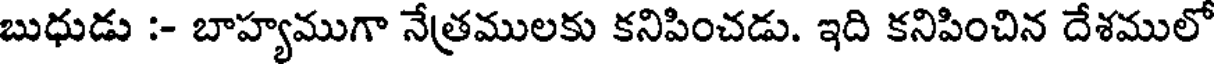
బుధుడు :- బాహ్యముగా నేత్రములకు కనిపించడు. ఇది కనిపించిన దేశములో